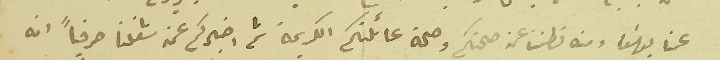
عمنا يوسَف ومنه نطمن عن صحتكم وصحة عائلتكم الكريمة ثم اخبركم عن شغلنا حرفياً انه